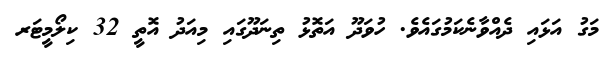
މަގު އަޅައި ދެއްވާނެކަމުގައެވެ. ހުވަދޫ އަތޮޅު ތިނަދޫގައި މިއަދު އޮތީ 32 ކިލޯމީޓަރ